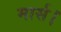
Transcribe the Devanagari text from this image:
मार्स।